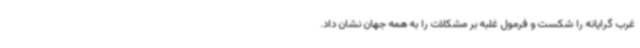
غرب گرایانه را شکست و فرمول غلبه بر مشکلات را به همه جهان نشان داد.